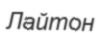
Лайтон